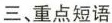
三、重点短语